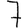
Digit: 7